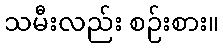
သမီးလည်း စဉ်းစား။